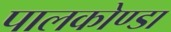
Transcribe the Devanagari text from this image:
पालकोण्डा